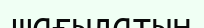
шағылатын